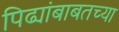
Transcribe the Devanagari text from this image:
पिढ्यांबाबतच्या